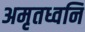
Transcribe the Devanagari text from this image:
अमृतध्वनि